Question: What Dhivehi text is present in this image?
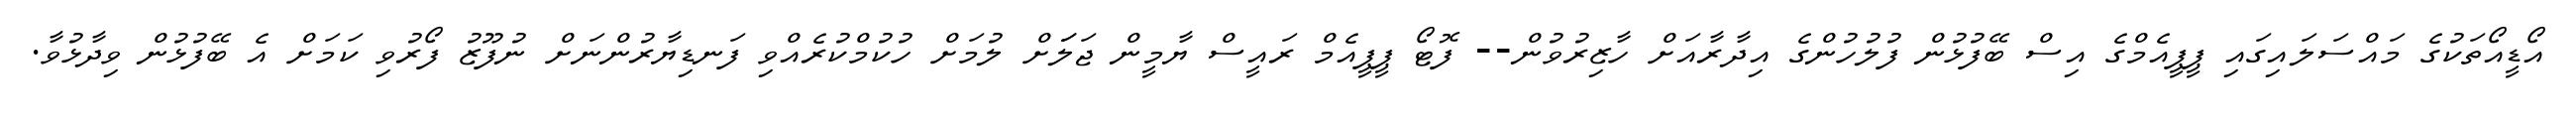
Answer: އޯޑީއޯތަކުގެ މައްސަލައިގައި ޕީޕީއެމްގެ އިސް ބޭފުޅުން ފުލުހުންގެ އިދާރާއަށް ހާޒިރުވުން-- ފޮޓޯ ޕީޕީއެމް ރައީސް ޔާމީން ޖަލަަށް ލުމަށް ހުކުމްކުރެއްވި ފަނޑިޔާރުންނަށް ނުފޫޒު ފޯރުވި ކަމަށް އެ ބޭފުޅުން ވިދާޅުވާ.